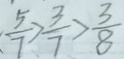
\frac { 5 } { 7 } > \frac { 3 } { 7 } > \frac { 3 } { 8 }